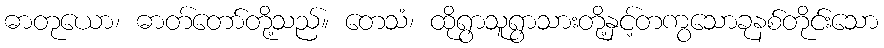
ဓာတုယော၊ ဓာတ်တော်တို့သည်။ တေသံ၊ ထိုရွာသူရွာသားတို့နှင့်တကွသောခုနစ်တိုင်းသော